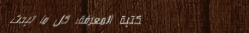
مكتبة المعرفة: كل ما تبحث